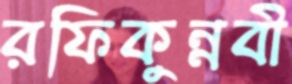
রফিকুন্নবী